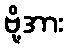
ဗို့အား